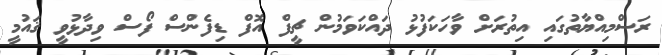
ރަސްމިއްޔާތުގައި އިތުރަށް ވާހަކަފުޅު ދައްކަވަމުން ޗީފް އޮފް ޑިފެންސް ފޯސް ވިދާޅުވީ ޤައުމީ